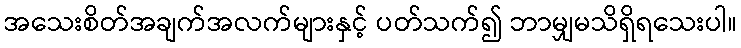
အသေးစိတ်အချက်အလက်များနှင့် ပတ်သက်၍ ဘာမျှမသိရှိရသေးပါ။